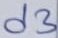
Text: d3